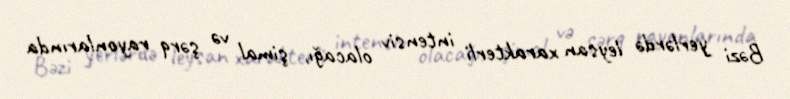
Bəzi yerlərdə leysan xarakterli intensiv olacağı, şimal və şərq rayonlarında